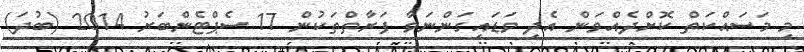
މި މަސައްކަތް ކޮށްދެއްވަން އެދި ވަޑައިގަންނަވާ ފަރާތްތަކުން 17 ސެޕްޓެންބަރު 2014 (ބުދަ)